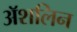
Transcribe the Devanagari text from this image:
अॅशलिन